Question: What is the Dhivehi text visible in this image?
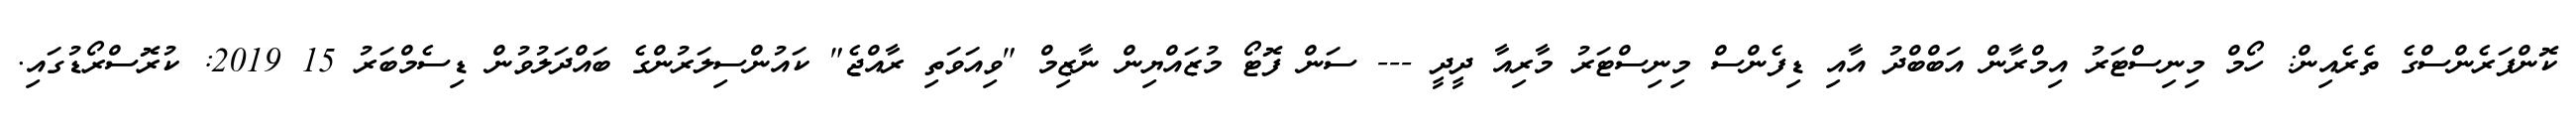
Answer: ކޮންފަރެންސްގެ ތެރެއިން: ހޯމް މިނިސްޓަރު އިމްރާން އަބްބްދު އާއި ޑިފެންސް މިނިސްޓަރު މާރިއާ ދީދީ --- ސަން ފޮޓޯ މުޒައްޔިން ނާޒިމް "ވިއަވަތި ރާއްޖެ" ކައުންސިލަރުންގެ ބައްދަލުވުން ޑިސެމްބަރު 15 2019: ކުރޮސްރޯޑުގައި.